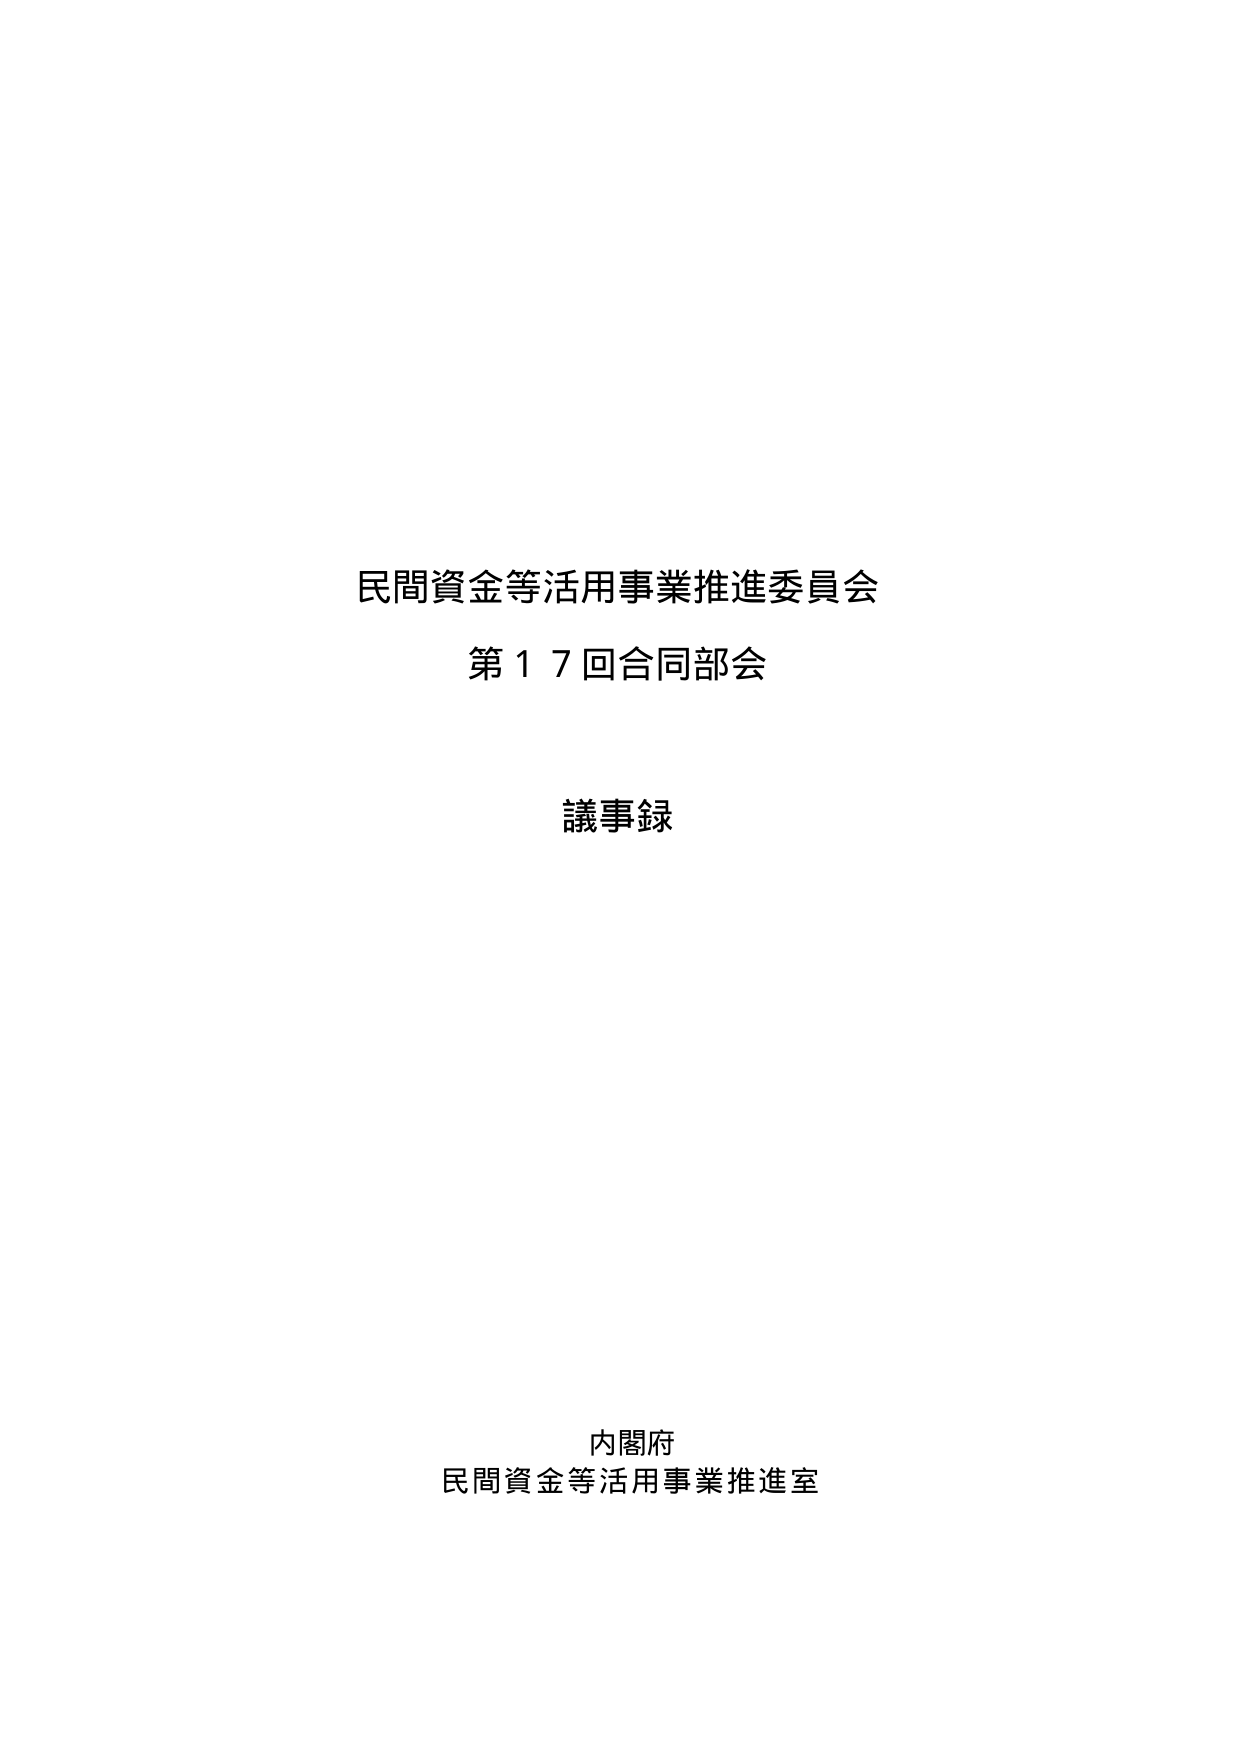
民間資金等活用事業推進委員会
第１７回合同部会

議事録

内閣府
民間資金等活用事業推進室